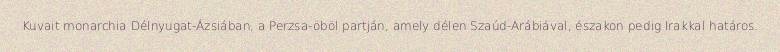
Kuvait monarchia Délnyugat-Ázsiában, a Perzsa-öböl partján, amely délen Szaúd-Arábiával, északon pedig Irakkal határos.